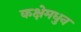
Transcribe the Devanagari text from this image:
कक्षेमधुन